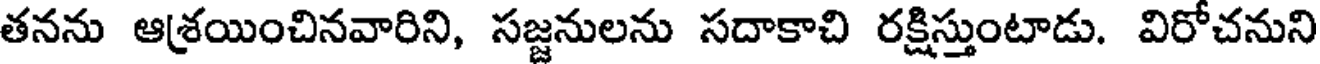
తనను ఆశ్రయించినవారిని, సజ్జనులను సదాకాచి రక్షిస్తుంటాడు. విరోచనుని